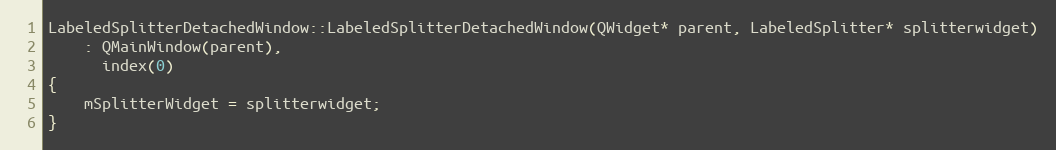
Language: C++
LabeledSplitterDetachedWindow::LabeledSplitterDetachedWindow(QWidget* parent, LabeledSplitter* splitterwidget)
    : QMainWindow(parent),
      index(0)
{
    mSplitterWidget = splitterwidget;
}